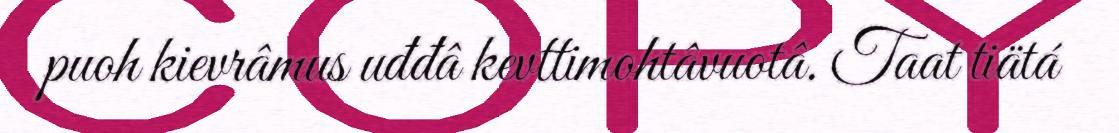
puoh kievrâmus uđđâ kevttimohtâvuotâ. Taat tiätá